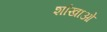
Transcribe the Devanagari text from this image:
शांखाओं